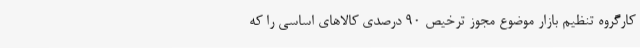
کارگروه تنظیم بازار موضوع مجوز ترخیص ۹۰ درصدی کالاهای اساسی را که